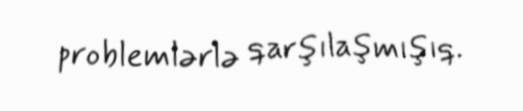
problemlərlə qarşılaşmışıq.